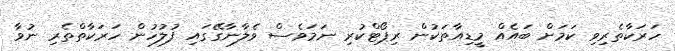
ހަރަކާތެރިވި ކަމަށް ބައެއް މީޑިއާތަކުން ރިޕޯޓްކުރި ނަމަވެސް ވެލާނާގޭގައި ފުލުހުން ހަރަކާތްތެރި ނުވާ